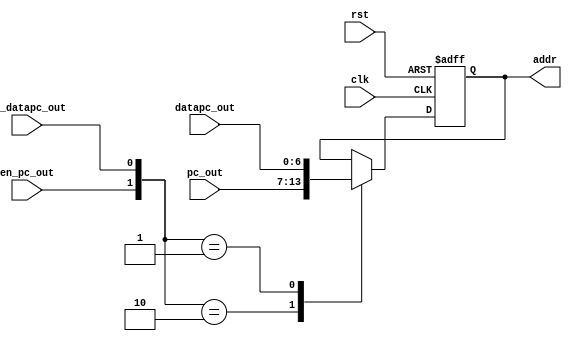
`timescale 1ns / 1ps

module addrselector(
         clk,
         rst,       
		 en_pc_out,
         en_datapc_out,
         pc_out,
         datapc_out,
		 addr
		 		 			 
		   		
    );
    input clk,rst;
    input wire en_pc_out,en_datapc_out;
    input wire[6:0] pc_out,datapc_out;
    output reg [6:0] addr;

    always@(posedge clk or posedge rst)

    if(rst==1'b1)
            begin
                addr<=7'b0000000;
            end
         else
                begin
                case({en_pc_out,en_datapc_out})
                2'b10:addr<=pc_out;
                2'b01:addr<=datapc_out;
                default:addr<=addr;
                endcase
                end    


endmodule